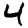
Digit: 4